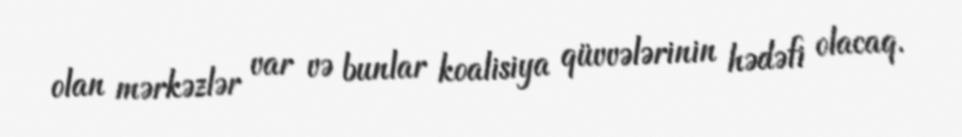
olan mərkəzlər var və bunlar koalisiya qüvvələrinin hədəfi olacaq.